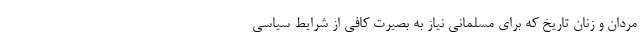
مردان و زنان تاریخ که برای مسلمانی نیاز به بصیرت کافی از شرایط سیاسی